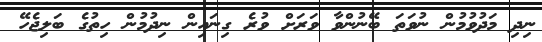
ނިދި މަދުވުމުން ނުވަތަ ބޭނުންވާ ވަރަށް ވުރެ ގިނައިން ނިދުމުން ހިތުގެ ބަލިޖެހޭ